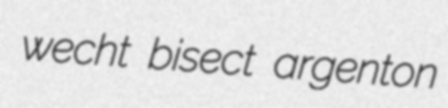
wecht bisect argenton